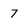
Character: 7